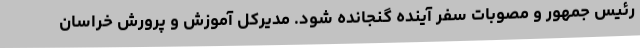
رئیس جمهور و مصوبات سفر آینده گنجانده شود. مدیرکل آموزش و پرورش خراسان